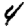
Digit: 4